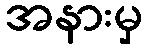
အနားမှ